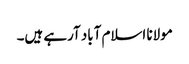
مولانا اسلام آباد آرہے ہیں۔